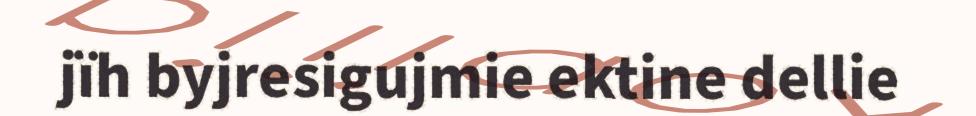
jïh byjresigujmie ektine dellie